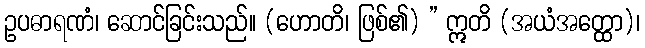
ဥပဓာရဏံ၊ ဆောင်ခြင်းသည်။ (ဟောတိ၊ ဖြစ်၏) ” ဣတိ (အယံအတ္ထော)၊